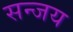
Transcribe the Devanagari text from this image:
सन्जय